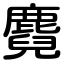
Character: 麑